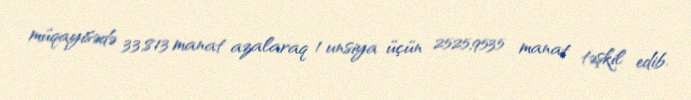
müqayisədə 33,813 manat azalaraq 1 unsiya üçün 2525,9535 manat təşkil edib.